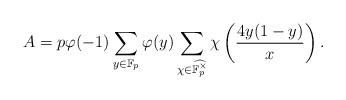
LaTeX: \begin{align*}A=p\varphi(-1)\sum_{y\in\mathbb{F}_p}\varphi(y)\sum_{\chi\in\widehat{\mathbb{F}_p^\times}}\chi\left(\frac{4y(1-y)}{x}\right).\end{align*}